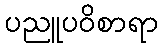
ပညူပဝိစာရာ